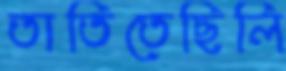
তাতিতেছিলি